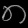
Digit: ၈